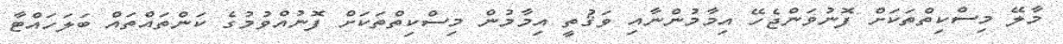
މާލޭ މިސްކިތްތަކަށް ފޮނުވަންޖެހޭ އިމާމުންނާއި ވަޤުތީ އިމާމުން މިސްކިތްތަކަށް ފޮނުއްވުމުގެ ކަންތައްތައް ބަލަހައްޓާ